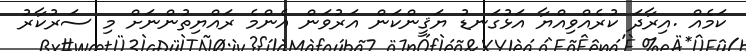
ކަމެއް .އިރާދަ ކުރެއްވިއްޔާ އަޅުގަނޑު ޔަޤީންކަން އަރުވަން އެންމެ ރައްޔިތުންނަށް މި ސަރުކާރު